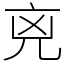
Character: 𠒋